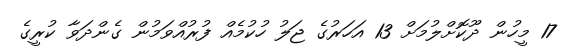
17 މީހުން ދޫކޮށްލުމަށް 13 އަހަރުގެ ޖަލު ހުކުމެއް ފުރުއްވަމުން ގެންދަވާ ކުރީގެ